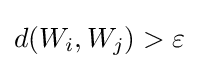
d(W_{i},W_{j})>\varepsilon